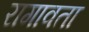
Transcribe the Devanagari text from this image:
रागावता